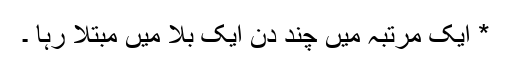
* ایک مرتبہ میں چند دن ایک بلا میں مبتلا رہا ۔